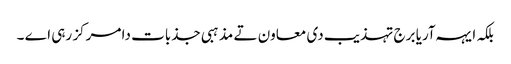
بلکہ ایہہ آریا برج تہذیب دی معاون تے مذہبی جذبات دا مرکز رہی اے ۔